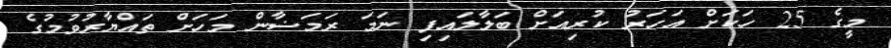
މީގެ 25 ހަކަށް އަހަރު ކުރިއަށް ބަލާލައިފި ނަމަ ރަމަޟާން މަހަށް ތައްޔާރުވުމުގެ